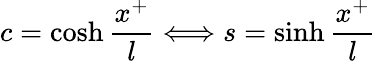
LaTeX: c=\cosh\frac{x^{+}}{l}\Longleftrightarrow s=\sinh\frac{x^{+}}{l}